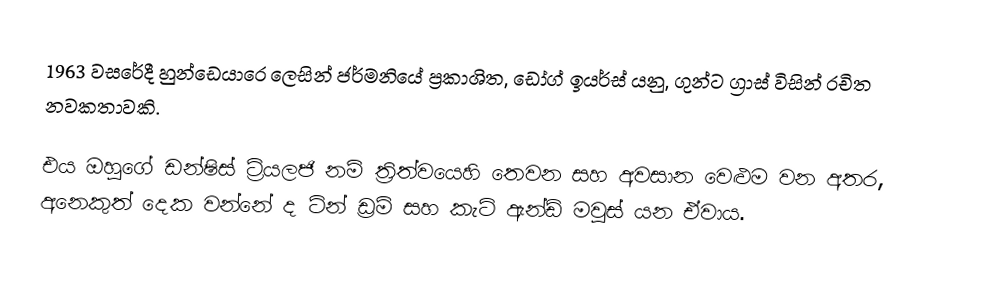
1963 වසරේදී හුන්ඩෙයාරෙ ලෙසින් ජර්මනියේ ප්‍රකාශිත, ඩෝග් ඉයර්ස් යනු, ගුන්ට ග්‍රාස් විසින් රචිත නවකතාවකි.

එය ඔහුගේ  ඩන්ෂිස් ට්‍රියලජි නම් ත්‍රිත්වයෙහි තෙවන සහ අවසාන වෙළුම වන අතර, අනෙකුත් දෙක වන්නේ ද ටින් ඩ්‍රම් සහ  කැට් ඇන්ඩ් මවුස් යන ඒවාය.